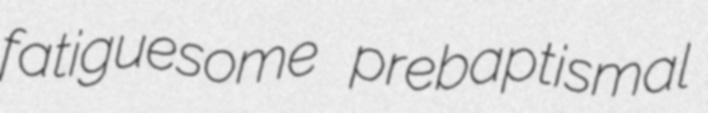
fatiguesome prebaptismal